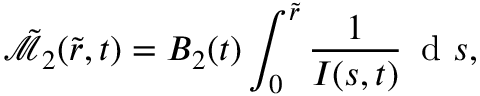
\tilde { \mathcal { M } } _ { 2 } ( \tilde { r } , t ) = B _ { 2 } ( t ) \int _ { 0 } ^ { \tilde { r } } \frac { 1 } { I ( s , t ) } \, \mathrm { ~ d ~ } s ,